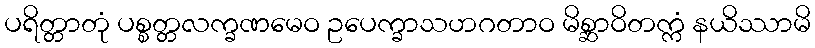
ပရိတ္တာတုံ ပစ္စတ္တလက္ခဏမေဝ ဥပေက္ခာသဟဂတာဝ မိစ္ဆာဝိတက္ကံ နယိဿာမိ